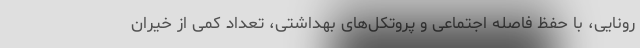
رونایی، با حفظ فاصله اجتماعی و پروتکل‌های بهداشتی، تعداد کمی از خیّران